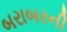
બરાબરની